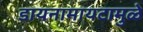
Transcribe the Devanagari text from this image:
डायनामायटामुळे